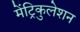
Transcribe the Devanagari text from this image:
मेंट्रिकुलेशन